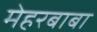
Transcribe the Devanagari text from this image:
मेहरबाबा